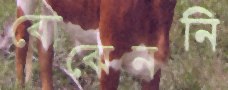
বোঝেননি